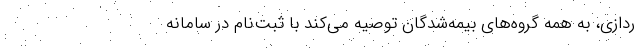
ردازی، به همه گروه‌های بیمه‌شدگان توصیه می‌کند با ثبت‌نام در سامانه